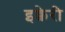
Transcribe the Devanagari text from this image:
इक्वेरी